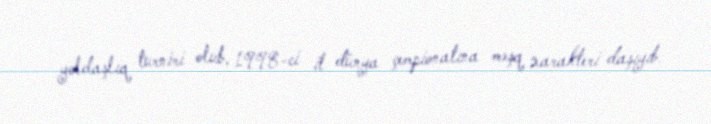
yoldaşlıq turniri olub, 1998-ci il dünya çempionatına məşq xarakteri daşıyıb.